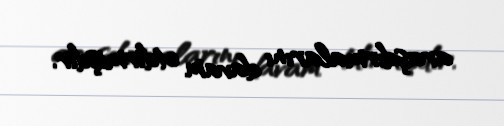
araşdırmalarını davam etdirmişdir.